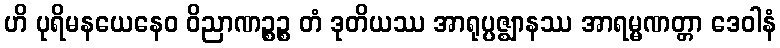
ဟိ ပုရိမနယေနေဝ ဝိညာဏဉ္စဉ္စ တံ ဒုတိယဿ အာရုပ္ပဇ္ဈာနဿ အာရမ္မဏတ္တာ ဒေဝါနံ